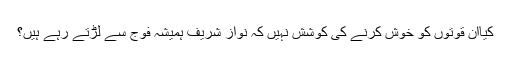
کیاان قوتوں کو خوش کرنے کی کوشش نہیں کہ نواز شریف ہمیشہ فوج سے لڑتے رہے ہیں؟